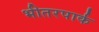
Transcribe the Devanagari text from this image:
भीतरपार्क